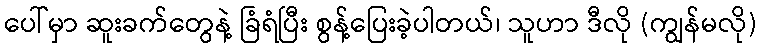
ပေါ်မှာ ဆူးခက်တွေနဲ့ ခြံရံပြီး စွန့်ပြေးခဲ့ပါတယ်၊ သူဟာ ဒီလို (ကျွန်မလို)